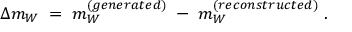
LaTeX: \Delta m _ { W } \; = \; m _ { W } ^ { ( g e n e r a t e d ) } \; - \; m _ { W } ^ { ( r e c o n s t r u c t e d ) } \; .